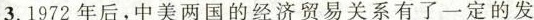
3.1972年后，中美两国的经济贸易关系有了一定的发